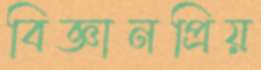
বিজ্ঞানপ্রিয়